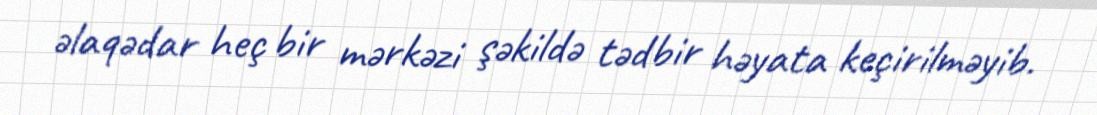
əlaqədar heç bir mərkəzi şəkildə tədbir həyata keçirilməyib.